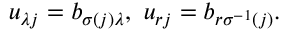
u _ { \lambda j } = b _ { \sigma ( j ) \lambda } , \ u _ { r j } = b _ { r \sigma ^ { - 1 } ( j ) } .